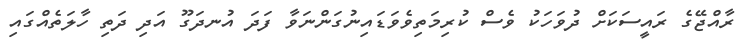
ރާއްޖޭގެ ރައީސަކަށް ދުވަހަކު ވެސް ކުރިމަތިވެވަޑައިނުގަންނަވާ ފަދަ އުނދަގޫ އަދި ދަތި ހާލަތެއްގައި